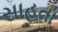
સાહતા